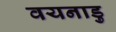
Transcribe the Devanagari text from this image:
वयनाडु